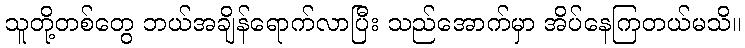
သူတို့တစ်တွေ ဘယ်အချိန်ရောက်လာပြီး သည်အောက်မှာ အိပ်နေကြတယ်မသိ။